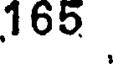
165